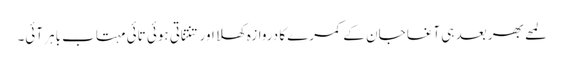
لمحے بھر بعد ہی آغا جان کے کمرے کا دروازہ کھلا اور تنتناتی ہوئی تائی مہتاب باہر آئی۔